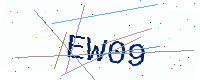
Text: EW09